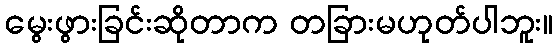
မွေးဖွားခြင်းဆိုတာက တခြားမဟုတ်ပါဘူး။